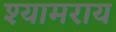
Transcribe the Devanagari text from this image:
श्यामराय